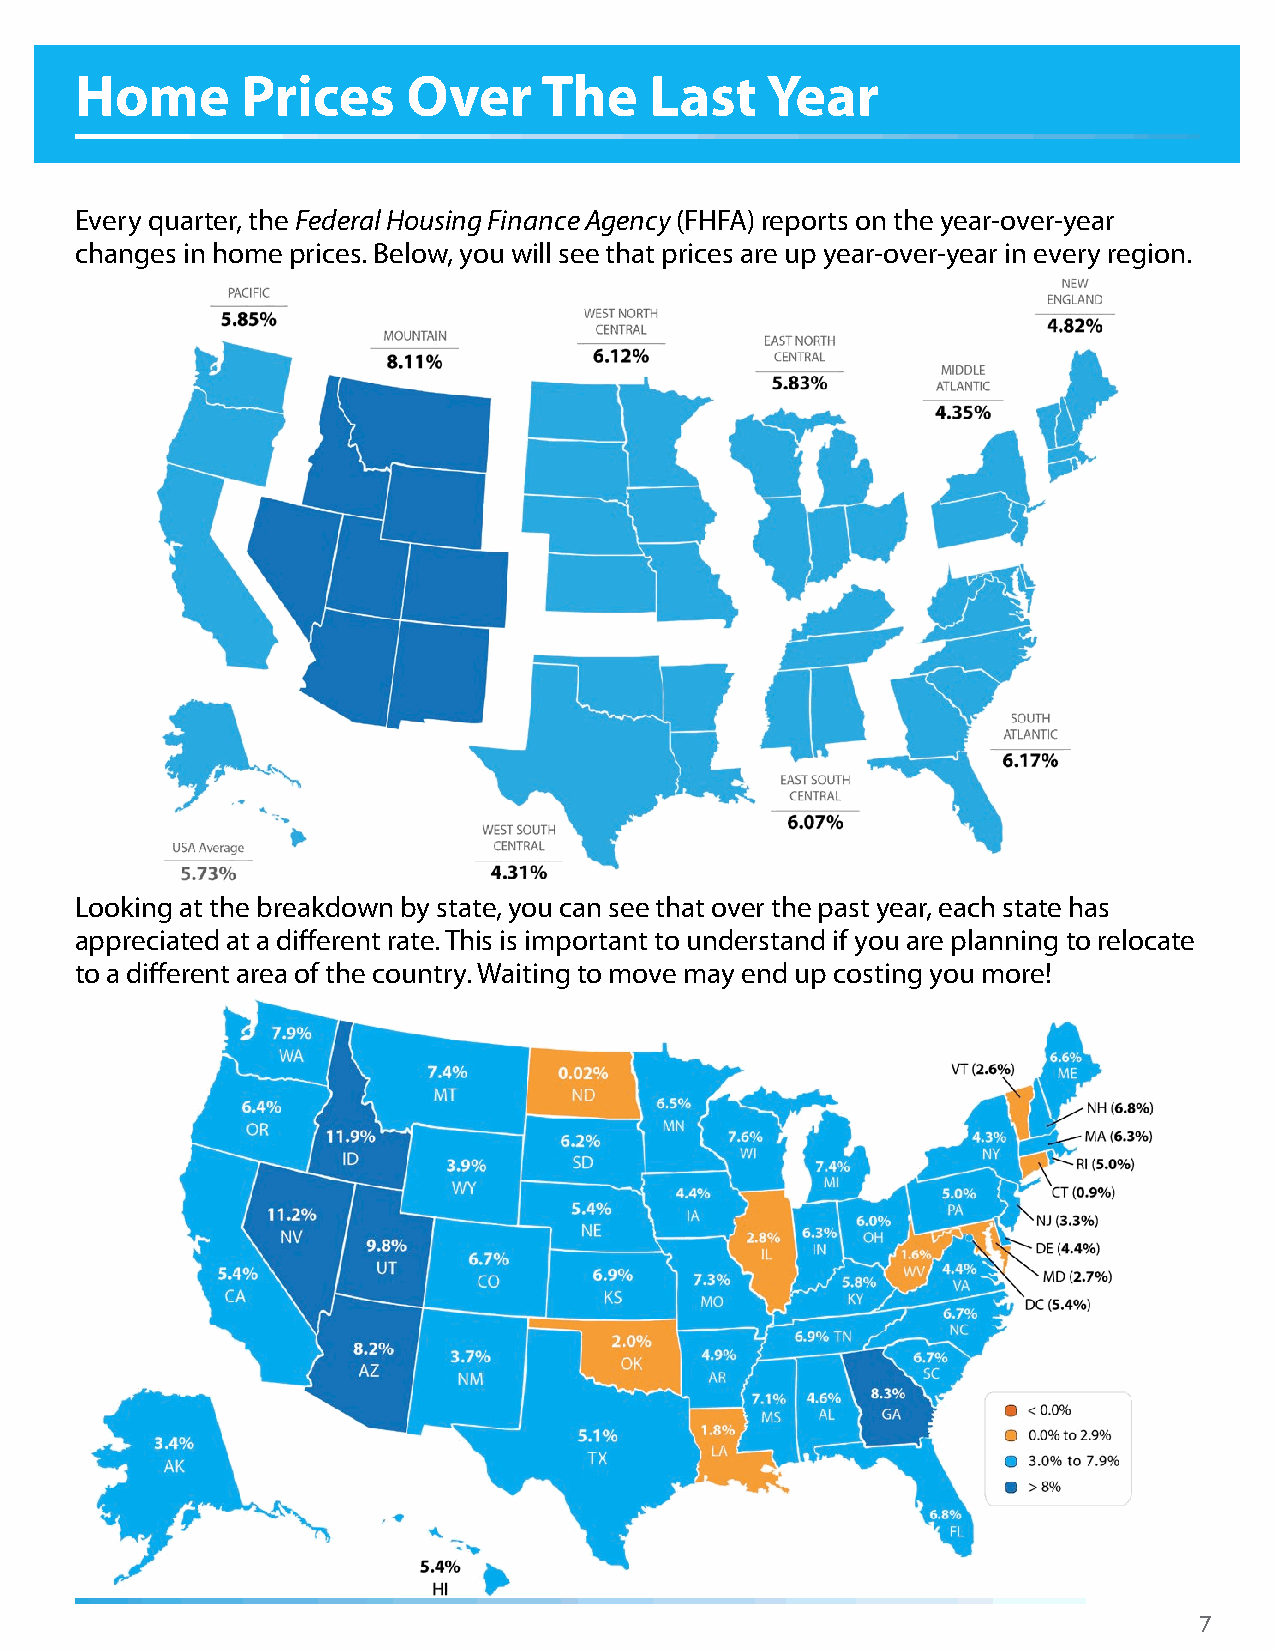
Home       Prices     Over     The    Last    Year
 Every quarter, the Federal Housing Finance Agency (FHFA) reports on the year-over-year
 changes in home prices. Below, you will see that prices are up year-over-year in every region.
 Looking at the breakdown by state, you can see that over the past year, each state has
 appreciated at a different rate. This is important to understand if you are planning to relocate
 to a different area of the country. Waiting to move may end up costing you more!
 7